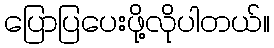
ပြောပြပေးဖို့လိုပါတယ်။